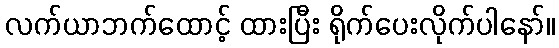
လက်ယာဘက်ထောင့် ထားပြီး ရိုက်ပေးလိုက်ပါနော်။